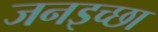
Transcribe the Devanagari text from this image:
जनइच्छा